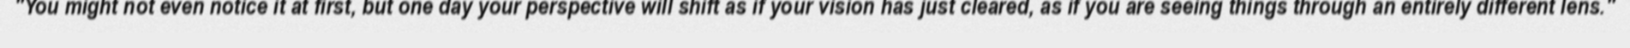
"You might not even notice it at first, but one day your perspective will shift as if your vision has just cleared, as if you are seeing things through an entirely different lens."